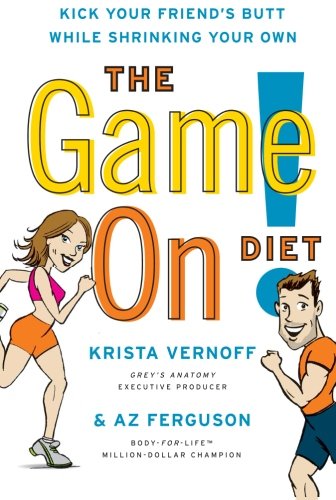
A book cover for The Game On! Diet: Kick Your Friend's Butt While Shrinking Your Own; Krista Vernoff; Health, Fitness & Dieting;